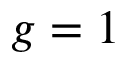
g = 1